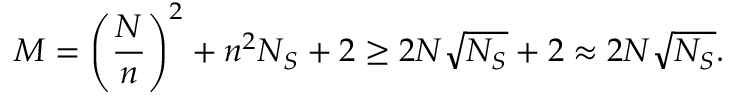
M = \left( \frac { N } { n } \right) ^ { 2 } + n ^ { 2 } N _ { S } + 2 \geq 2 N \sqrt { N _ { S } } + 2 \approx 2 N \sqrt { N _ { S } } .